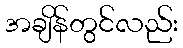
အချိန်တွင်လည်း